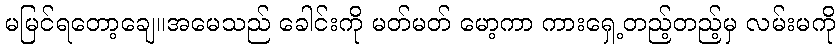
မမြင်ရတော့ချေ။အမေသည် ခေါင်းကို မတ်မတ် မော့ကာ ကားရှေ့တည့်တည့်မှ လမ်းမကို